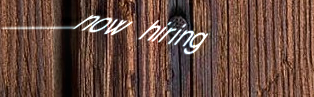
now hiring